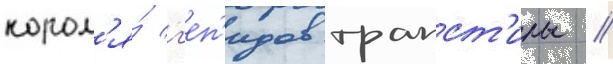
корол'я́ г'еп'идов трапст'илы //